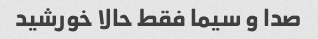
صدا و سیما فقط حالا خورشید